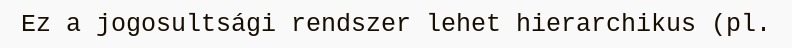
Ez a jogosultsági rendszer lehet hierarchikus (pl.